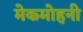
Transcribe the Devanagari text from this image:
मेकमोहनी